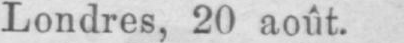
Londres, 20 août.